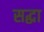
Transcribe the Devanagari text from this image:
सद्धा